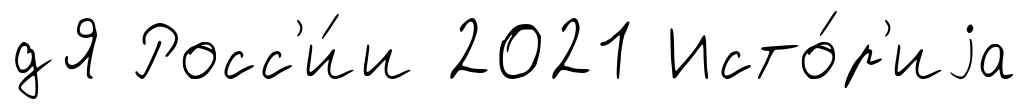
дЯ Росс'и́и 2021 Исто́р'иjа